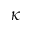
\kappa